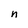
Character: n